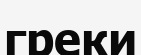
греки